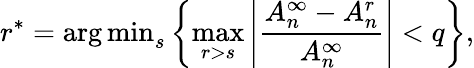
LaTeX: r^{\ast}={\arg\operatorname*{min}}_{s}\left\{ \operatorname*{max}_{r>s}{\left|\frac{A_{n}^{\infty}-A_{n}^{r}}{A_{n}^{\infty}}\right|}<q\right\} ,